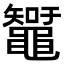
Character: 䵹